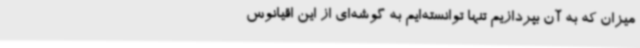
میزان که به آن بپردازیم تنها توانسته‌ایم به گوشه‌ای از این اقیانوس